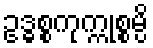
ဥဒ္ဓစ္စကုက္ကုစ္စမ္ပိ